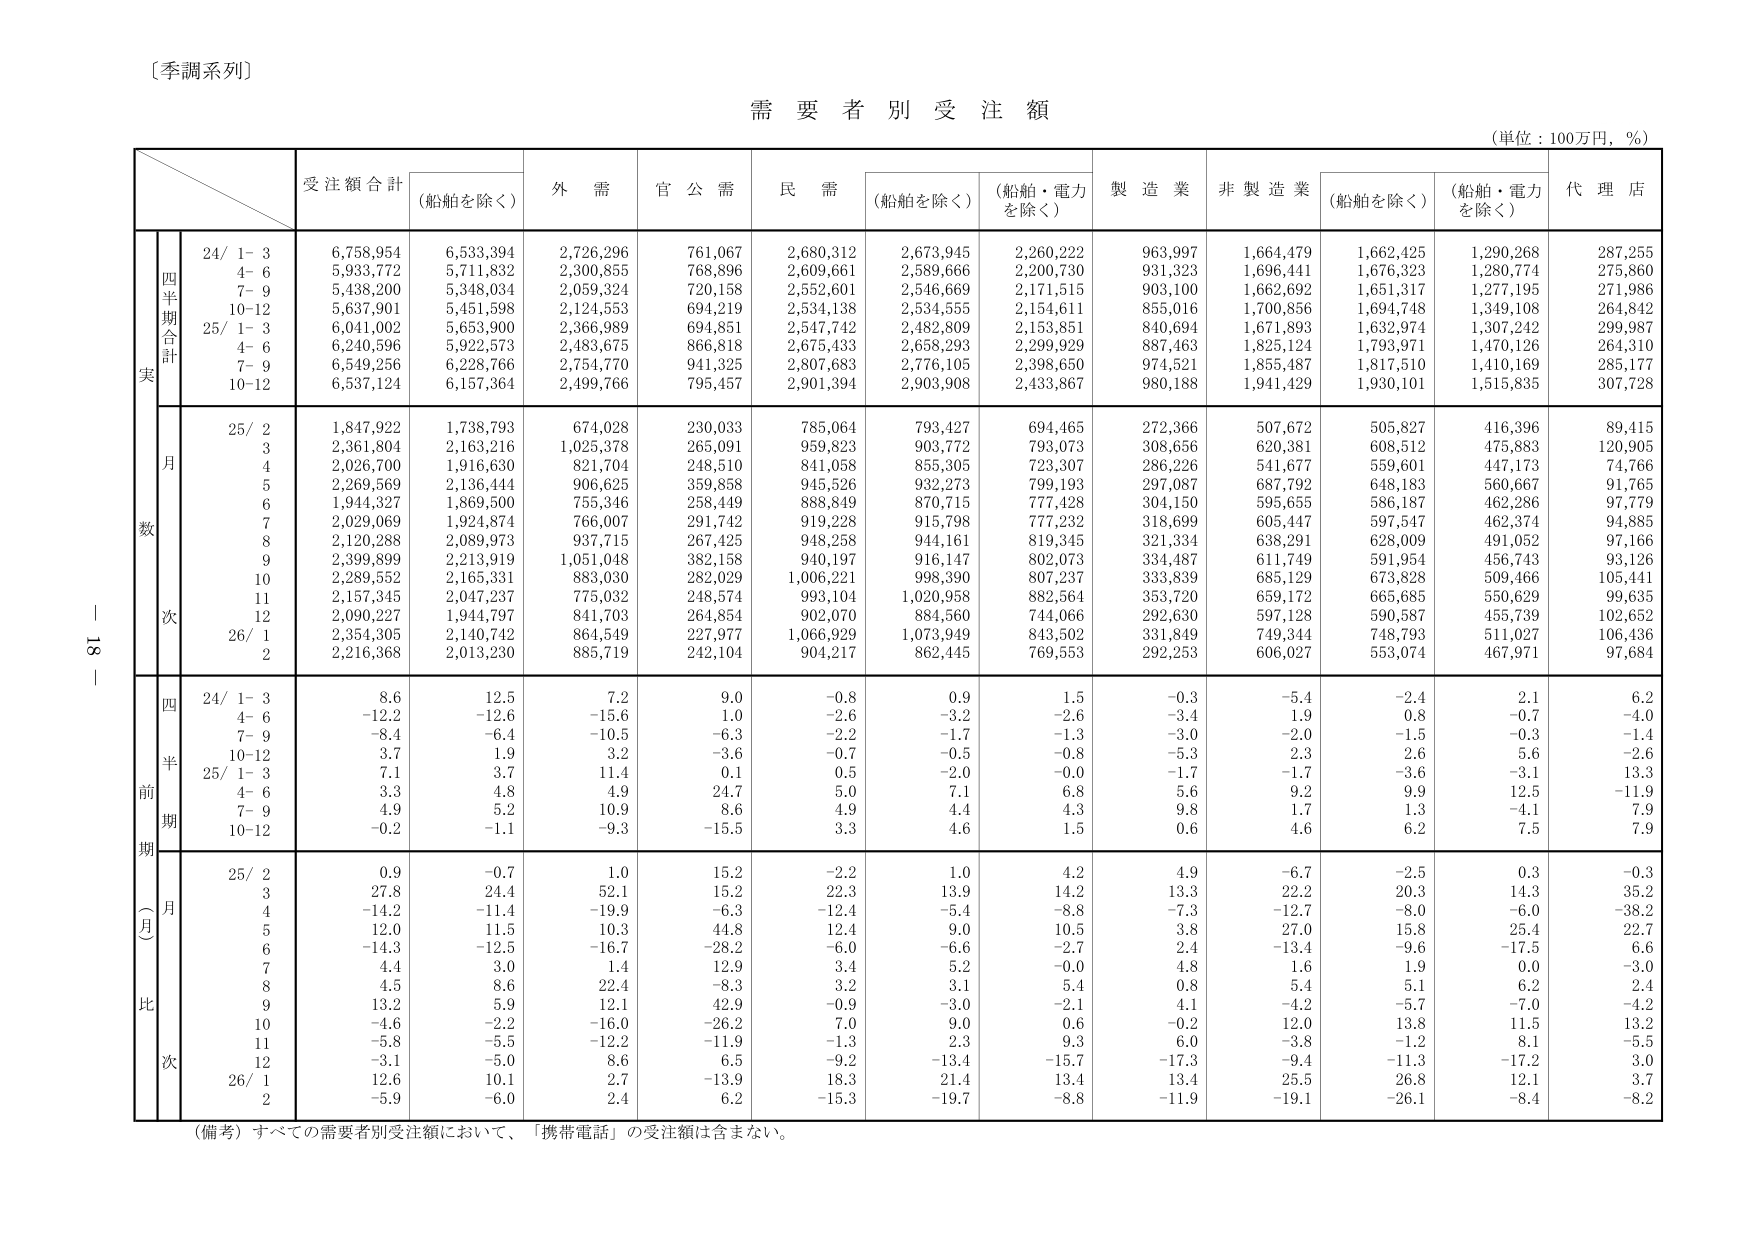
〔季調系列〕

需要者別受注額
（単位：100万円，％）

受注額合計
（船舶を除く）
外需
官公需
民需
（船舶を除く）
（船舶・電力を除く）
製造業
非製造業
（船舶を除く）
（船舶・電力を除く）
代理店

実数
四半期合計
24/ 1-3
6,758,954
6,533,394
2,726,296
761,067
2,680,312
2,673,945
2,260,222
963,997
1,664,479
1,662,425
1,290,268
287,255
4-6
5,933,772
5,711,832
2,300,855
768,896
2,609,661
2,589,666
2,200,730
931,323
1,696,441
1,676,323
1,280,774
275,860
7-9
5,438,200
5,348,034
2,059,324
720,158
2,552,601
2,546,669
2,171,515
903,100
1,662,692
1,651,317
1,277,195
271,986
10-12
5,637,901
5,451,598
2,124,553
694,219
2,534,138
2,534,555
2,154,611
855,016
1,700,856
1,694,748
1,349,108
264,842
25/ 1-3
6,041,002
5,653,900
2,366,989
694,851
2,547,742
2,482,809
2,153,851
840,694
1,671,893
1,632,974
1,307,242
299,987
4-6
6,240,596
5,922,573
2,483,675
866,818
2,675,433
2,658,293
2,299,929
887,463
1,825,124
1,793,971
1,470,126
264,310
7-9
6,549,256
6,228,766
2,754,770
941,325
2,807,683
2,776,105
2,398,650
974,521
1,855,487
1,817,510
1,410,169
285,177
10-12
6,537,124
6,157,364
2,499,766
795,457
2,901,394
2,903,908
2,433,867
980,188
1,941,429
1,930,101
1,515,835
307,728

月次
25/ 2
1,847,922
1,738,793
674,028
230,033
785,064
793,427
694,465
272,366
507,672
505,827
416,396
89,415
3
2,361,804
2,163,216
1,025,378
265,091
959,823
903,772
793,073
308,656
620,381
608,512
475,883
120,905
4
2,026,700
1,916,630
821,704
248,510
841,058
855,305
723,307
286,226
541,677
559,601
447,173
74,766
5
2,269,569
2,136,444
906,625
359,858
945,526
932,273
799,193
297,087
687,792
648,183
560,667
91,765
6
1,944,327
1,869,500
755,346
258,449
888,849
870,715
777,428
304,150
595,655
586,187
462,286
97,779
7
2,029,069
1,924,874
766,007
291,742
919,228
915,798
777,232
318,699
605,447
597,547
462,374
94,885
8
2,120,288
2,089,973
937,715
267,425
948,258
944,161
819,345
321,334
638,291
628,009
491,052
97,166
9
2,399,899
2,213,919
1,051,048
382,158
940,197
916,147
802,073
334,487
611,749
591,954
456,743
93,126
10
2,289,552
2,165,331
883,030
282,029
1,006,221
998,390
807,237
333,839
685,129
673,828
509,466
105,441
11
2,157,345
2,047,237
775,032
248,574
993,104
1,020,958
882,564
353,720
659,172
665,685
550,629
99,635
12
2,090,227
1,944,797
841,703
264,854
902,070
884,560
744,066
292,630
597,128
590,587
455,739
102,652
26/ 1
2,354,305
2,140,742
864,549
227,977
1,066,929
1,073,949
843,502
331,849
749,344
748,793
511,027
106,436
2
2,216,368
2,013,230
885,719
242,104
904,217
862,445
769,553
292,253
606,027
553,074
467,971
97,684

前期比（月次）
四半期
24/ 1-3
8.6
12.5
7.2
9.0
-0.8
0.9
1.5
-0.3
-5.4
-2.4
2.1
6.2
4-6
-12.2
-12.6
-15.6
1.0
-2.6
-3.2
-2.6
-3.4
1.9
0.8
-0.7
-4.0
7-9
-8.4
-6.4
-10.5
-6.3
-2.2
-1.7
-1.3
-3.0
-2.0
-1.5
-0.3
-1.4
10-12
3.7
1.9
3.2
-3.6
-0.7
-0.5
-0.8
-5.3
2.3
2.6
5.6
-2.6
25/ 1-3
7.1
3.7
11.4
0.1
0.5
-2.0
-0.0
-1.7
-1.7
-3.6
-3.1
13.3
4-6
3.3
4.8
4.9
24.7
5.0
7.1
6.8
5.6
9.2
9.9
12.5
-11.9
7-9
4.9
5.2
10.9
8.6
4.9
4.4
4.3
9.8
1.7
1.3
-4.1
7.9
10-12
-0.2
-1.1
-9.3
-15.5
3.3
4.6
1.5
0.6
4.6
6.2
7.5
7.9

月次
25/ 2
0.9
-0.7
1.0
15.2
-2.2
1.0
4.2
4.9
-6.7
-2.5
0.3
-0.3
3
27.8
24.4
52.1
15.2
22.3
13.9
14.2
13.3
22.2
20.3
14.3
35.2
4
-14.2
-11.4
-19.9
-6.3
-12.4
-5.4
-8.8
-7.3
-12.7
-8.0
-6.0
-38.2
5
12.0
11.5
10.3
44.8
12.4
9.0
10.5
3.8
27.0
15.8
25.4
22.7
6
-14.3
-12.5
-16.7
-28.2
-6.0
-6.6
-2.7
2.4
-13.4
-9.6
-17.5
6.6
7
4.4
3.0
1.4
12.9
3.4
5.2
-0.0
4.8
1.6
1.9
0.0
-3.0
8
4.5
8.6
22.4
-8.3
3.2
3.1
5.4
0.8
5.4
5.1
6.2
2.4
9
13.2
5.9
12.1
42.9
-0.9
-3.0
-2.1
4.1
-4.2
-5.7
-7.0
-4.2
10
-4.6
-2.2
-16.0
-26.2
7.0
9.0
0.6
-0.2
12.0
13.8
11.5
13.2
11
-5.8
-5.5
-12.2
-11.9
-1.3
2.3
9.3
6.0
-3.8
-1.2
8.1
-5.5
12
-3.1
-5.0
8.6
6.5
-9.2
-13.4
-15.7
-17.3
-9.4
-11.3
-17.2
3.0
26/ 1
12.6
10.1
2.7
-13.9
18.3
21.4
13.4
13.4
25.5
26.8
12.1
3.7
2
-5.9
-6.0
2.4
6.2
-15.3
-19.7
-8.8
-11.9
-19.1
-26.1
-8.4
-8.2

（備考）すべての需要者別受注額において、「携帯電話」の受注額は含まない。